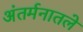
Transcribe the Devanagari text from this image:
अंतर्मनातले